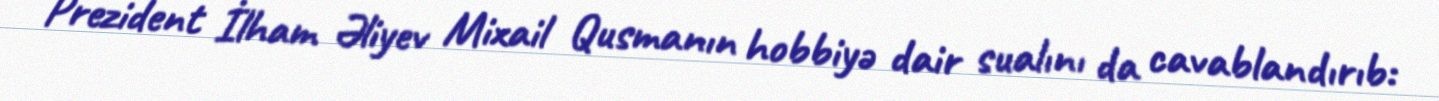
Prezident İlham Əliyev Mixail Qusmanın hobbiyə dair sualını da cavablandırıb: